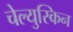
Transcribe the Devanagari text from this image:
चेल्युस्किन